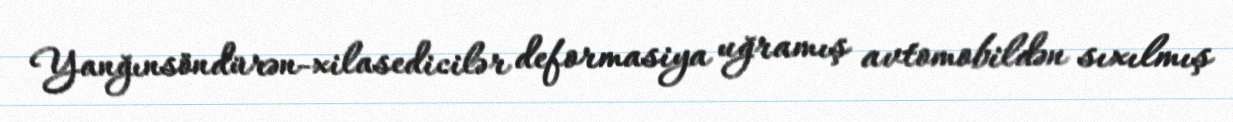
Yanğınsöndürən-xilasedicilər deformasiya uğramış avtomobildən sıxılmış